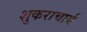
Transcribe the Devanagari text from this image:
शुकराचार्य